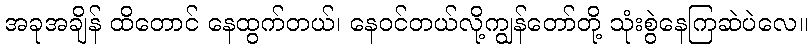
အခုအချိန် ထိတောင် နေထွက်တယ်၊ နေဝင်တယ်လို့ကျွန်တော်တို့ သုံးစွဲနေကြဆဲပဲလေ။